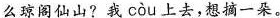
么琼阁仙山? 我 còu 上去，想摘一朵。